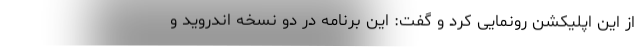
از این اپلیکشن رونمایی کرد و گفت: این برنامه در دو نسخه اندروید و